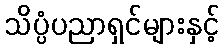
သိပ္ပံပညာရှင်များနှင့်